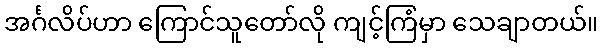
အင်္ဂလိပ်ဟာ ကြောင်သူတော်လို ကျင့်ကြံမှာ သေချာတယ်။